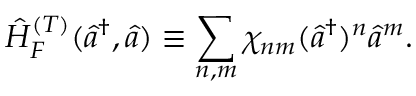
\hat { H } _ { F } ^ { ( T ) } ( \hat { a } ^ { \dagger } , \hat { a } ) \equiv \sum _ { n , m } \chi _ { n m } ( \hat { a } ^ { \dagger } ) ^ { n } \hat { a } ^ { m } .